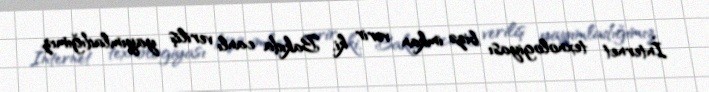
İnternet texnologiyası bizə imkan verir ki, Bakıda canlı veriliş yayımladığımız